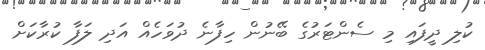
ކުލި ދީފައި މި ސެންޓަރުގެ ބޭނުން ހިފާނެ ދުވަހެއް އަދި ލަފާ ކުރާކަށް